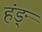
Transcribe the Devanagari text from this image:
हंङ्